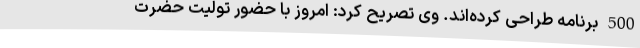
500 برنامه طراحی کرده‌اند. وی تصریح کرد: امروز با حضور تولیت حضرت